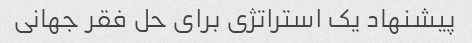
پیشنهاد یک استراتژی برای حل فقر جهانی